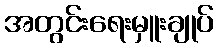
အတွင်းရေးမှူးချုပ်